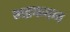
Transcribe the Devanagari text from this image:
भद्रकवन